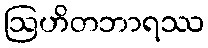
ဩဟိတဘာရဿ